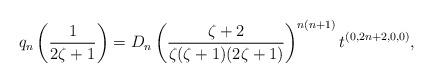
LaTeX: \begin{align*}q_{n}\left(\frac 1{2\zeta+1}\right)=D_n\left(\frac{\zeta+2}{\zeta(\zeta+1)(2\zeta+1)}\right)^{n(n+1)}t^{(0,2n+2,0,0)}, \end{align*}